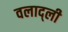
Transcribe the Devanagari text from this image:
वलाद्ली